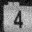
Digit: 4